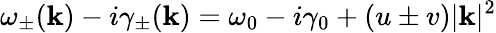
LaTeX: \omega_{\pm}(\mathbf{k})-i\gamma_{\pm}(\mathbf{k})=\omega_{0}-i\gamma_{0}+(u\pm v)|\mathbf{k}|^{2}